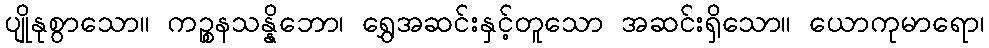
ပျိုနုစွာသော။ ကဉ္စနသန္နိဘော၊ ရွှေအဆင်းနှင့်တူသော အဆင်းရှိသော။ ယောကုမာရော၊